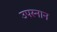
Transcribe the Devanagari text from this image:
उपस्नान